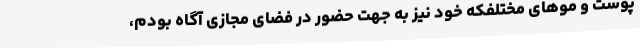
پوست و موهای مختلفکه خود نیز به جهت حضور در فضای مجازی آگاه بودم،